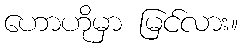
ဟောဟိုမှာ မြင်လား။